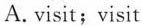
A.isit;visit